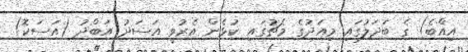
އިއްބެ) ގެ ބަދަލުގައި މިއަދުގެ މެޗުގައި ކުޅެން އެރުވީ އަސަދު އަބްދު (އަސަކޮ)